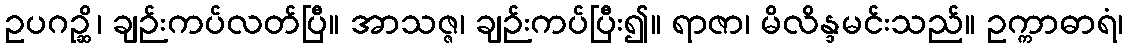
ဥပဂဉ္ဆိ၊ ချဉ်းကပ်လတ်ပြီ။ အာသဇ္ဇ၊ ချဉ်းကပ်ပြီး၍။ ရာဇာ၊ မိလိန္ဒမင်းသည်။ ဥက္ကာဓာရံ၊